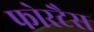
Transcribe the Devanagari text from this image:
फोरटैस